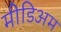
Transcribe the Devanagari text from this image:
मीडिअम